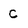
Character: c